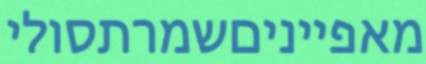
מאפייניםשמרתסולי